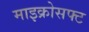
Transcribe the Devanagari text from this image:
माइक्रोसफ्ट